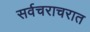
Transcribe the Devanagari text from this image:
सर्वचराचरात